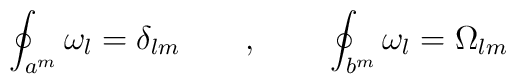
\oint_{a^m}\omega_l=\delta_{lm}~~~~~~,~~~~~~\oint_{b^m}\omega_l=\Omega_{lm}